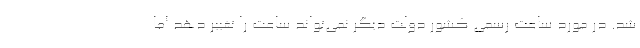
شد. در مورد ساعت رسمی کشور دولت دیگر نمی‌تواند ساعت را تغییر دهد اما